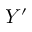
Y ^ { \prime }